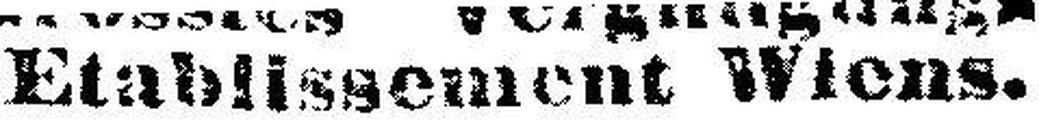
Etablissement Wiens.